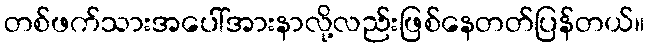
တစ်ဖက်သားအပေါ်အားနာလို့လည်းဖြစ်နေတတ်ပြန်တယ်။